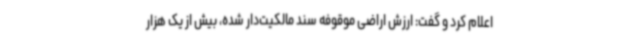
اعلام کرد و گفت: ارزش اراضی موقوفه سند مالکیت‌دار شده، بیش از یک هزار